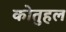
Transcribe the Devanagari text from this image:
कोतुहल